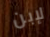
لإبن